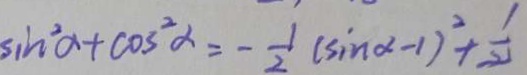
\sin ^ { 2 } \alpha + \cos ^ { 2 } \alpha = - \frac { 1 } { 2 } ( \sin \alpha - 1 ) ^ { 2 } + \frac { 1 } { 2 }